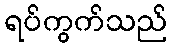
ရပ်ကွက်သည်